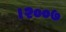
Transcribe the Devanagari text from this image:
।२००७